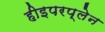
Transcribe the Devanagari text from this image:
हीइपरप्लेन